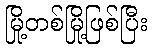
မြို့တစ်မြို့ဖြစ်ပြီး